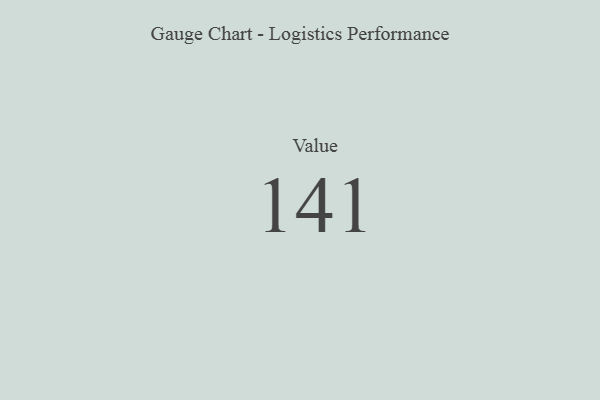
{"axis": {"x": "Metric", "y": "Value"}, "legend": [""], "data": [{"x": "Value", "y": 141, "type": ""}]}